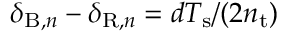
\delta _ { \mathrm { B } , n } - \delta _ { \mathrm { R } , n } = d T _ { \mathrm { s } } / ( 2 n _ { \mathrm { t } } )